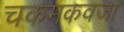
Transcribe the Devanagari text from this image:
चकमकवजा